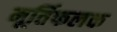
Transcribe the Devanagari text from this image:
मूर्तिफलक